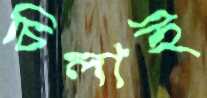
চিলাই